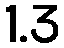
1.3